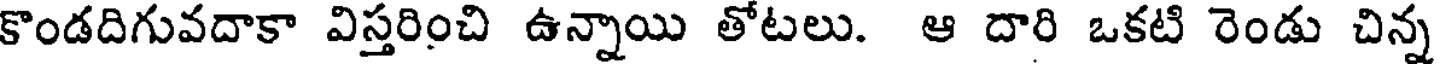
కొండదిగువదాకా విస్తరించి ఉన్నాయి తోటలు. ఆ దారి ఒకటి రెండు చిన్న